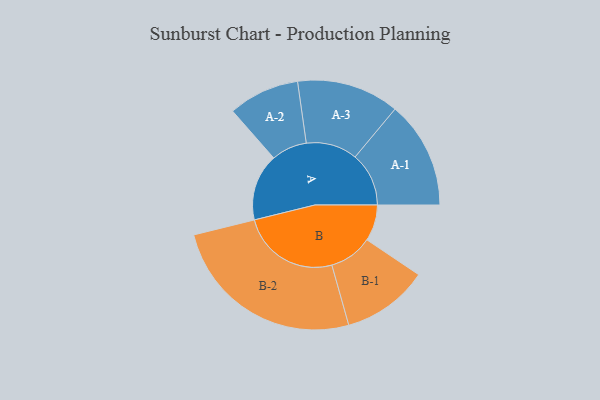
{"axis": {"x": "Segment", "y": "Value"}, "legend": ["", "A", "B"], "data": [{"x": "A", "y": 192, "type": ""}, {"x": "B", "y": 104, "type": ""}, {"x": "A-1", "y": 154, "type": "A"}, {"x": "A-2", "y": 102, "type": "A"}, {"x": "A-3", "y": 147, "type": "A"}, {"x": "B-1", "y": 124, "type": "B"}, {"x": "B-2", "y": 282, "type": "B"}]}